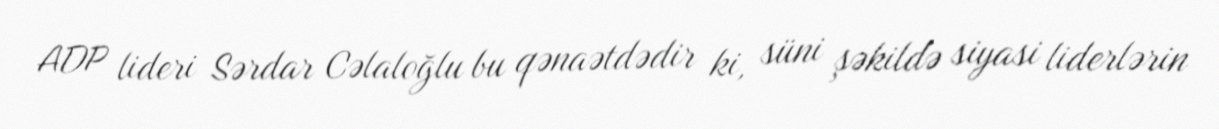
ADP lideri Sərdar Cəlaloğlu bu qənaətdədir ki, süni şəkildə siyasi liderlərin